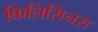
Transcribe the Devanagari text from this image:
फिलिसिनस